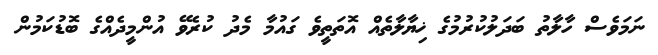
ނަމަވެސް ހާލާތު ބަދަލުކުރުމުގެ ޚިޔާލާތެއް އޮތަތީވެ ގައުމާ މެދު ކުރެވޭ އުންމީދެއްގެ ބޮޑުކަމުން